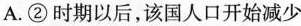
A.②时期以后，该国人口开始减少